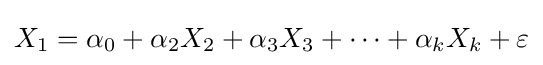
X_{1}=\alpha _{0}+\alpha _{2}X_{2}+\alpha _{3}X_{3}+\cdots +\alpha _{k}X_{k}+\varepsilon